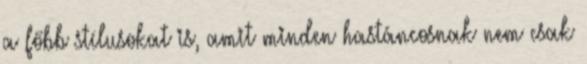
a főbb stílusokat is, amit minden hastáncosnak nem csak